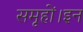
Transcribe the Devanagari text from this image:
समूहों।इन